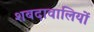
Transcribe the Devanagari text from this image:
शबदावालियों